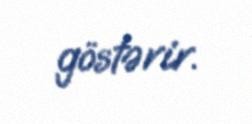
göstərir.